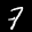
Label: 7